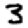
Digit: 3